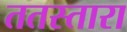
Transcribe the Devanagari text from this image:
ततस्तारा